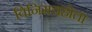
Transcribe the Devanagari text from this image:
विनिमयहोता